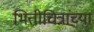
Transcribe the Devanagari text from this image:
भित्तीचित्रांच्या